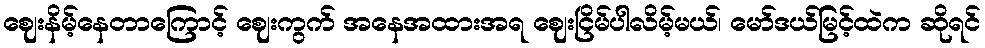
ဈေးနိမ့်နေတာကြောင့် ဈေးကွက် အနေအထားအရ ဈေးငြိမ်ပါလိမ့်မယ်၊ မော်ဒယ်မြင့်ထဲက ဆိုရင်